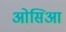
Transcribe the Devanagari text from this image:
ओसिआ